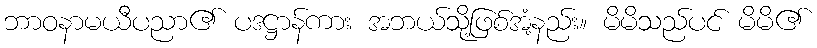
ဘာဝနာမယီပညာ၏ ပဒဋ္ဌာန်ကား အဘယ်သို့ဖြစ်အံ့နည်း။ မိမိသည်ပင် မိမိ၏